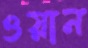
ওয়ান